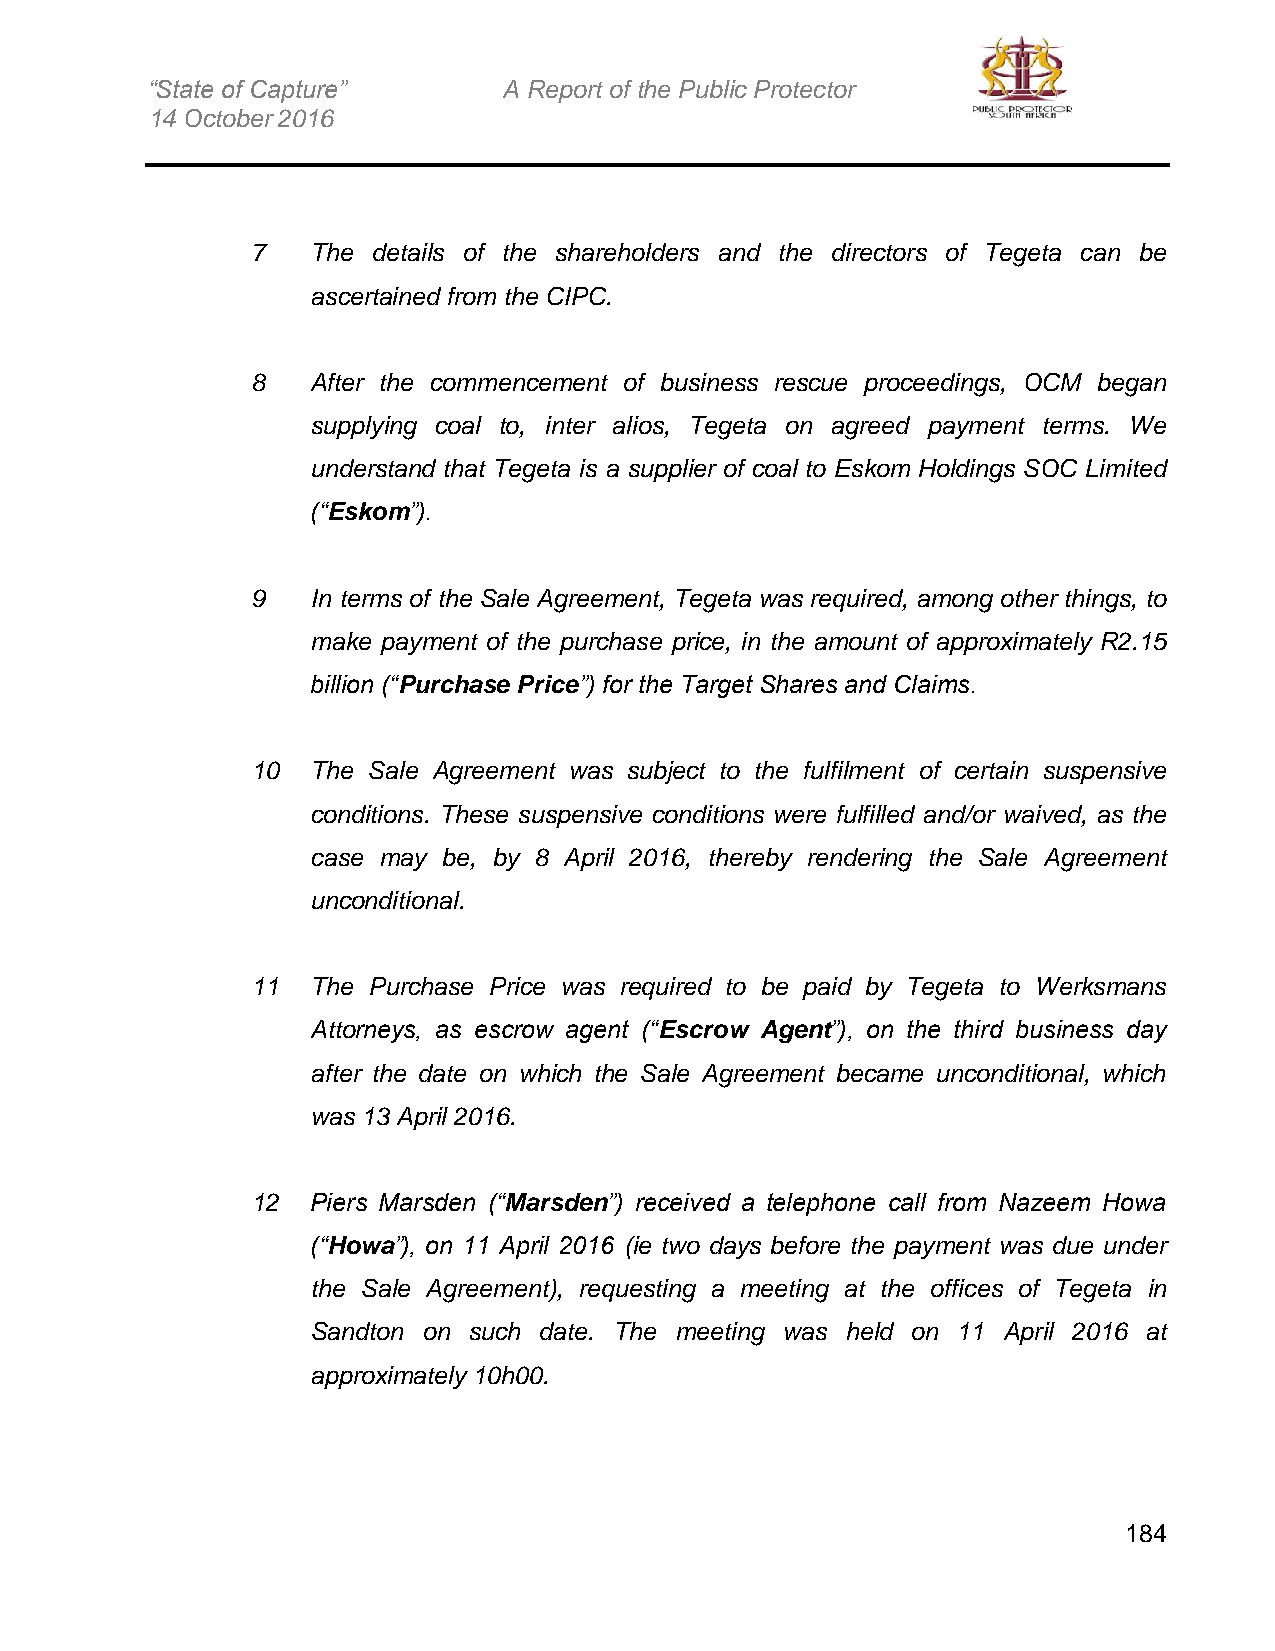
“State of Capture”     A Report of the Public Protector
 14 October 2016
 7   The details of the shareholders and the directors of Tegeta can be
 ascertained from the CIPC.
 8   After the commencement of business rescue proceedings, OCM began
 supplying coal to, inter alios, Tegeta on agreed payment terms. We
 understand that Tegeta is a supplier of coal to Eskom Holdings SOC Limited
 (“Eskom”).
 9   In terms of the Sale Agreement, Tegeta was required, among other things, to
 make payment of the purchase price, in the amount of approximately R2.15
 billion (“Purchase Price”) for the Target Shares and Claims.
 10  The Sale Agreement was subject to the fulfilment of certain suspensive
 conditions. These suspensive conditions were fulfilled and/or waived, as the
 case may be, by 8 April 2016, thereby rendering the Sale Agreement
 unconditional.
 11  The Purchase Price was required to be paid by Tegeta to Werksmans
 Attorneys, as escrow agent (“Escrow Agent”), on the third business day
 after the date on which the Sale Agreement became unconditional, which
 was 13 April 2016.
 12  Piers Marsden (“Marsden”) received a telephone call from Nazeem Howa
 (“Howa”), on 11 April 2016 (ie two days before the payment was due under
 the Sale Agreement), requesting a meeting at the offices of Tegeta in
 Sandton on such date. The meeting was held on 11 April 2016 at
 approximately 10h00.
 184